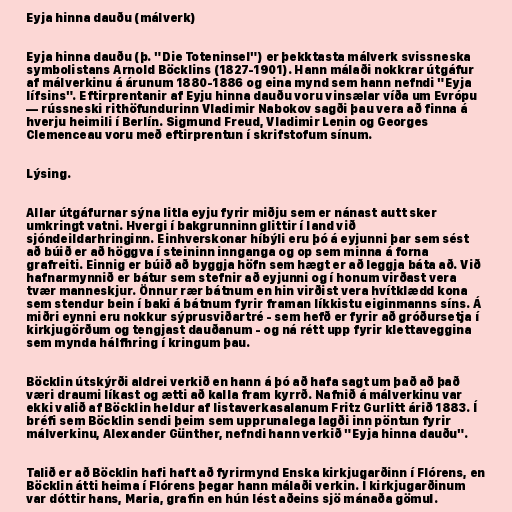
Eyja hinna dauðu (málverk)

Eyja hinna dauðu (þ. "Die Toteninsel") er þekktasta málverk svissneska
symbolistans Arnold Böcklins (1827-1901). Hann málaði nokkrar útgáfur
af málverkinu á árunum 1880-1886 og eina mynd sem hann nefndi "Eyja
lífsins". Eftirprentanir af Eyju hinna dauðu voru vinsælar víða um Evrópu
— rússneski rithöfundurinn Vladimir Nabokov sagði þau vera að finna á
hverju heimili í Berlín. Sigmund Freud, Vladimir Lenin og Georges
Clemenceau voru með eftirprentun í skrifstofum sínum.

Lýsing.

Allar útgáfurnar sýna litla eyju fyrir miðju sem er nánast autt sker
umkringt vatni. Hvergi í bakgrunninn glittir í land við
sjóndeildarhringinn. Einhverskonar híbýli eru þó á eyjunni þar sem sést
að búið er að höggva í steininn innganga og op sem minna á forna
grafreiti. Einnig er búið að byggja höfn sem hægt er að leggja báta að. Við
hafnarmynnið er bátur sem stefnir að eyjunni og í honum virðast vera
tvær manneskjur. Önnur rær bátnum en hin virðist vera hvítklædd kona
sem stendur bein í baki á bátnum fyrir framan líkkistu eiginmanns síns. Á
miðri eynni eru nokkur sýprusviðartré - sem hefð er fyrir að gróðursetja í
kirkjugörðum og tengjast dauðanum - og ná rétt upp fyrir klettaveggina
sem mynda hálfhring í kringum þau.

Böcklin útskýrði aldrei verkið en hann á þó að hafa sagt um það að það
væri draumi líkast og ætti að kalla fram kyrrð. Nafnið á málverkinu var
ekki valið af Böcklin heldur af listaverkasalanum Fritz Gurlitt árið 1883. Í
bréfi sem Böcklin sendi þeim sem upprunalega lagði inn pöntun fyrir
málverkinu, Alexander Günther, nefndi hann verkið "Eyja hinna dauðu".

Talið er að Böcklin hafi haft að fyrirmynd Enska kirkjugarðinn í Flórens, en
Böcklin átti heima í Flórens þegar hann málaði verkin. Í kirkjugarðinum
var dóttir hans, Maria, grafin en hún lést aðeins sjö mánaða gömul.